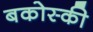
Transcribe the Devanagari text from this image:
बकोस्की